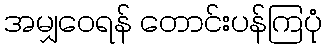
အမျှဝေရန် တောင်းပန်ကြပုံ